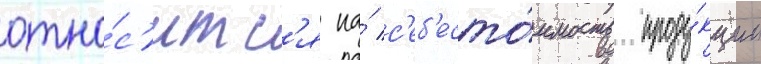
отно́с'итс'я на́ с'еб'есто́имость проду́кции